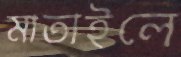
মাতাইলে